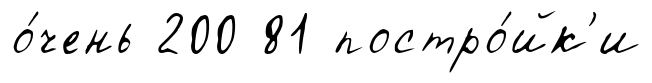
о́чень 200 81 постро́йк'и